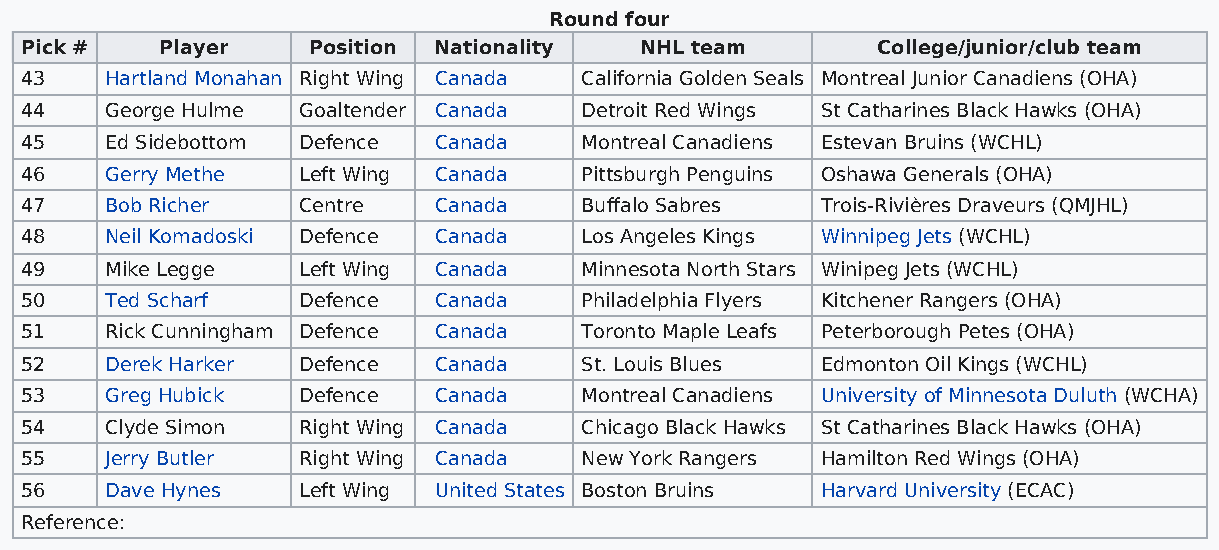
Round four
 Pick #    Player   Position Nationality  NHL team        College/junior/club team
 43    Hartland Monahan Right Wing Canada California Golden Seals Montreal Junior Canadiens (OHA)
 44    George Hulme Goaltender Canada Detroit Red Wings St Catharines Black Hawks (OHA)
 45    Ed Sidebottom Defence Canada   Montreal Canadiens Estevan Bruins (WCHL)
 46    Gerry Methe  Left Wing Canada  Pittsburgh Penguins Oshawa Generals (OHA)
 47    Bob Richer   Centre   Canada   Buffalo Sabres  Trois-Rivières Draveurs (QMJHL)
 48    Neil Komadoski Defence Canada  Los Angeles Kings Winnipeg Jets (WCHL)
 49    Mike Legge   Left Wing Canada  Minnesota North Stars Winipeg Jets (WCHL)
 50    Ted Scharf   Defence  Canada   Philadelphia Flyers Kitchener Rangers (OHA)
 51    Rick Cunningham Defence Canada Toronto Maple Leafs Peterborough Petes (OHA)
 52    Derek Harker Defence  Canada   St. Louis Blues Edmonton Oil Kings (WCHL)
 53    Greg Hubick  Defence  Canada   Montreal Canadiens University of Minnesota Duluth (WCHA)
 54    Clyde Simon  Right Wing Canada Chicago Black Hawks St Catharines Black Hawks (OHA)
 55    Jerry Butler Right Wing Canada New York Rangers Hamilton Red Wings (OHA)
 56    Dave Hynes   Left Wing United States Boston Bruins Harvard University (ECAC)
 Reference: